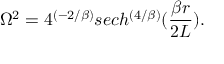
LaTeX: \Omega ^ { 2 } = 4 ^ { ( - 2 / \beta ) } s e c h ^ { \left( { 4 / \beta } \right) } ( { \frac { \beta r } { 2 L } } ) .